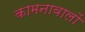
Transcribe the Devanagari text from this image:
कामनावालों